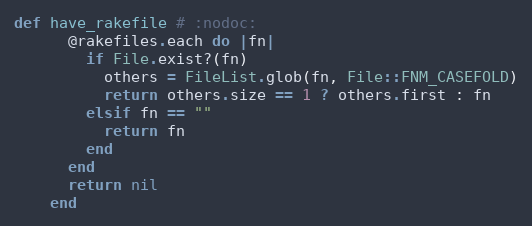
Language: Ruby
def have_rakefile # :nodoc:
      @rakefiles.each do |fn|
        if File.exist?(fn)
          others = FileList.glob(fn, File::FNM_CASEFOLD)
          return others.size == 1 ? others.first : fn
        elsif fn == ""
          return fn
        end
      end
      return nil
    end